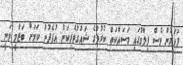
ފަހަރުން ވެސް ފިލްމުގައި މަސައްކަތް ކުރުމުގެ ޝައުގުވެރިކަން އުފެދުނު ކަމަށް ބަޒްމީ ވަނީ